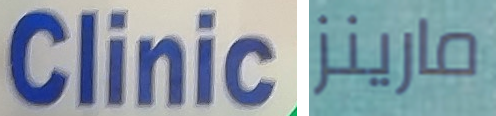
Clinic مارينز